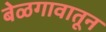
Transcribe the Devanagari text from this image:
बेळगावातून